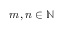
m , n \in \mathbb { N }